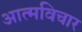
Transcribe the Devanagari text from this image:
आत्मविचार